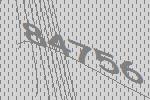
84756